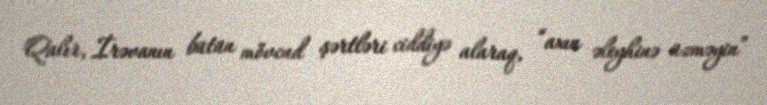
Qalır, İrəvanın bütün mövcud şərtləri ciddiyə alaraq, “axın əleyhinə üzməyin”